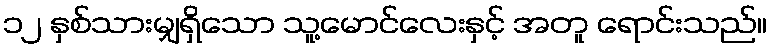
၁၂ နှစ်သားမျှရှိသော သူ့မောင်လေးနှင့် အတူ ရောင်းသည်။